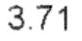
3.71